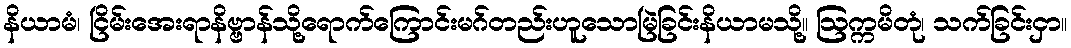
နိယာမံ၊ ငြိမ်းအေးရာနိဗ္ဗာန်သို့ရောက်ကြောင်းမဂ်တည်းဟူသောမြဲခြင်းနိယာမသို့။ ဩက္ကမိတုံ၊ သက်ခြင်းငှာ။